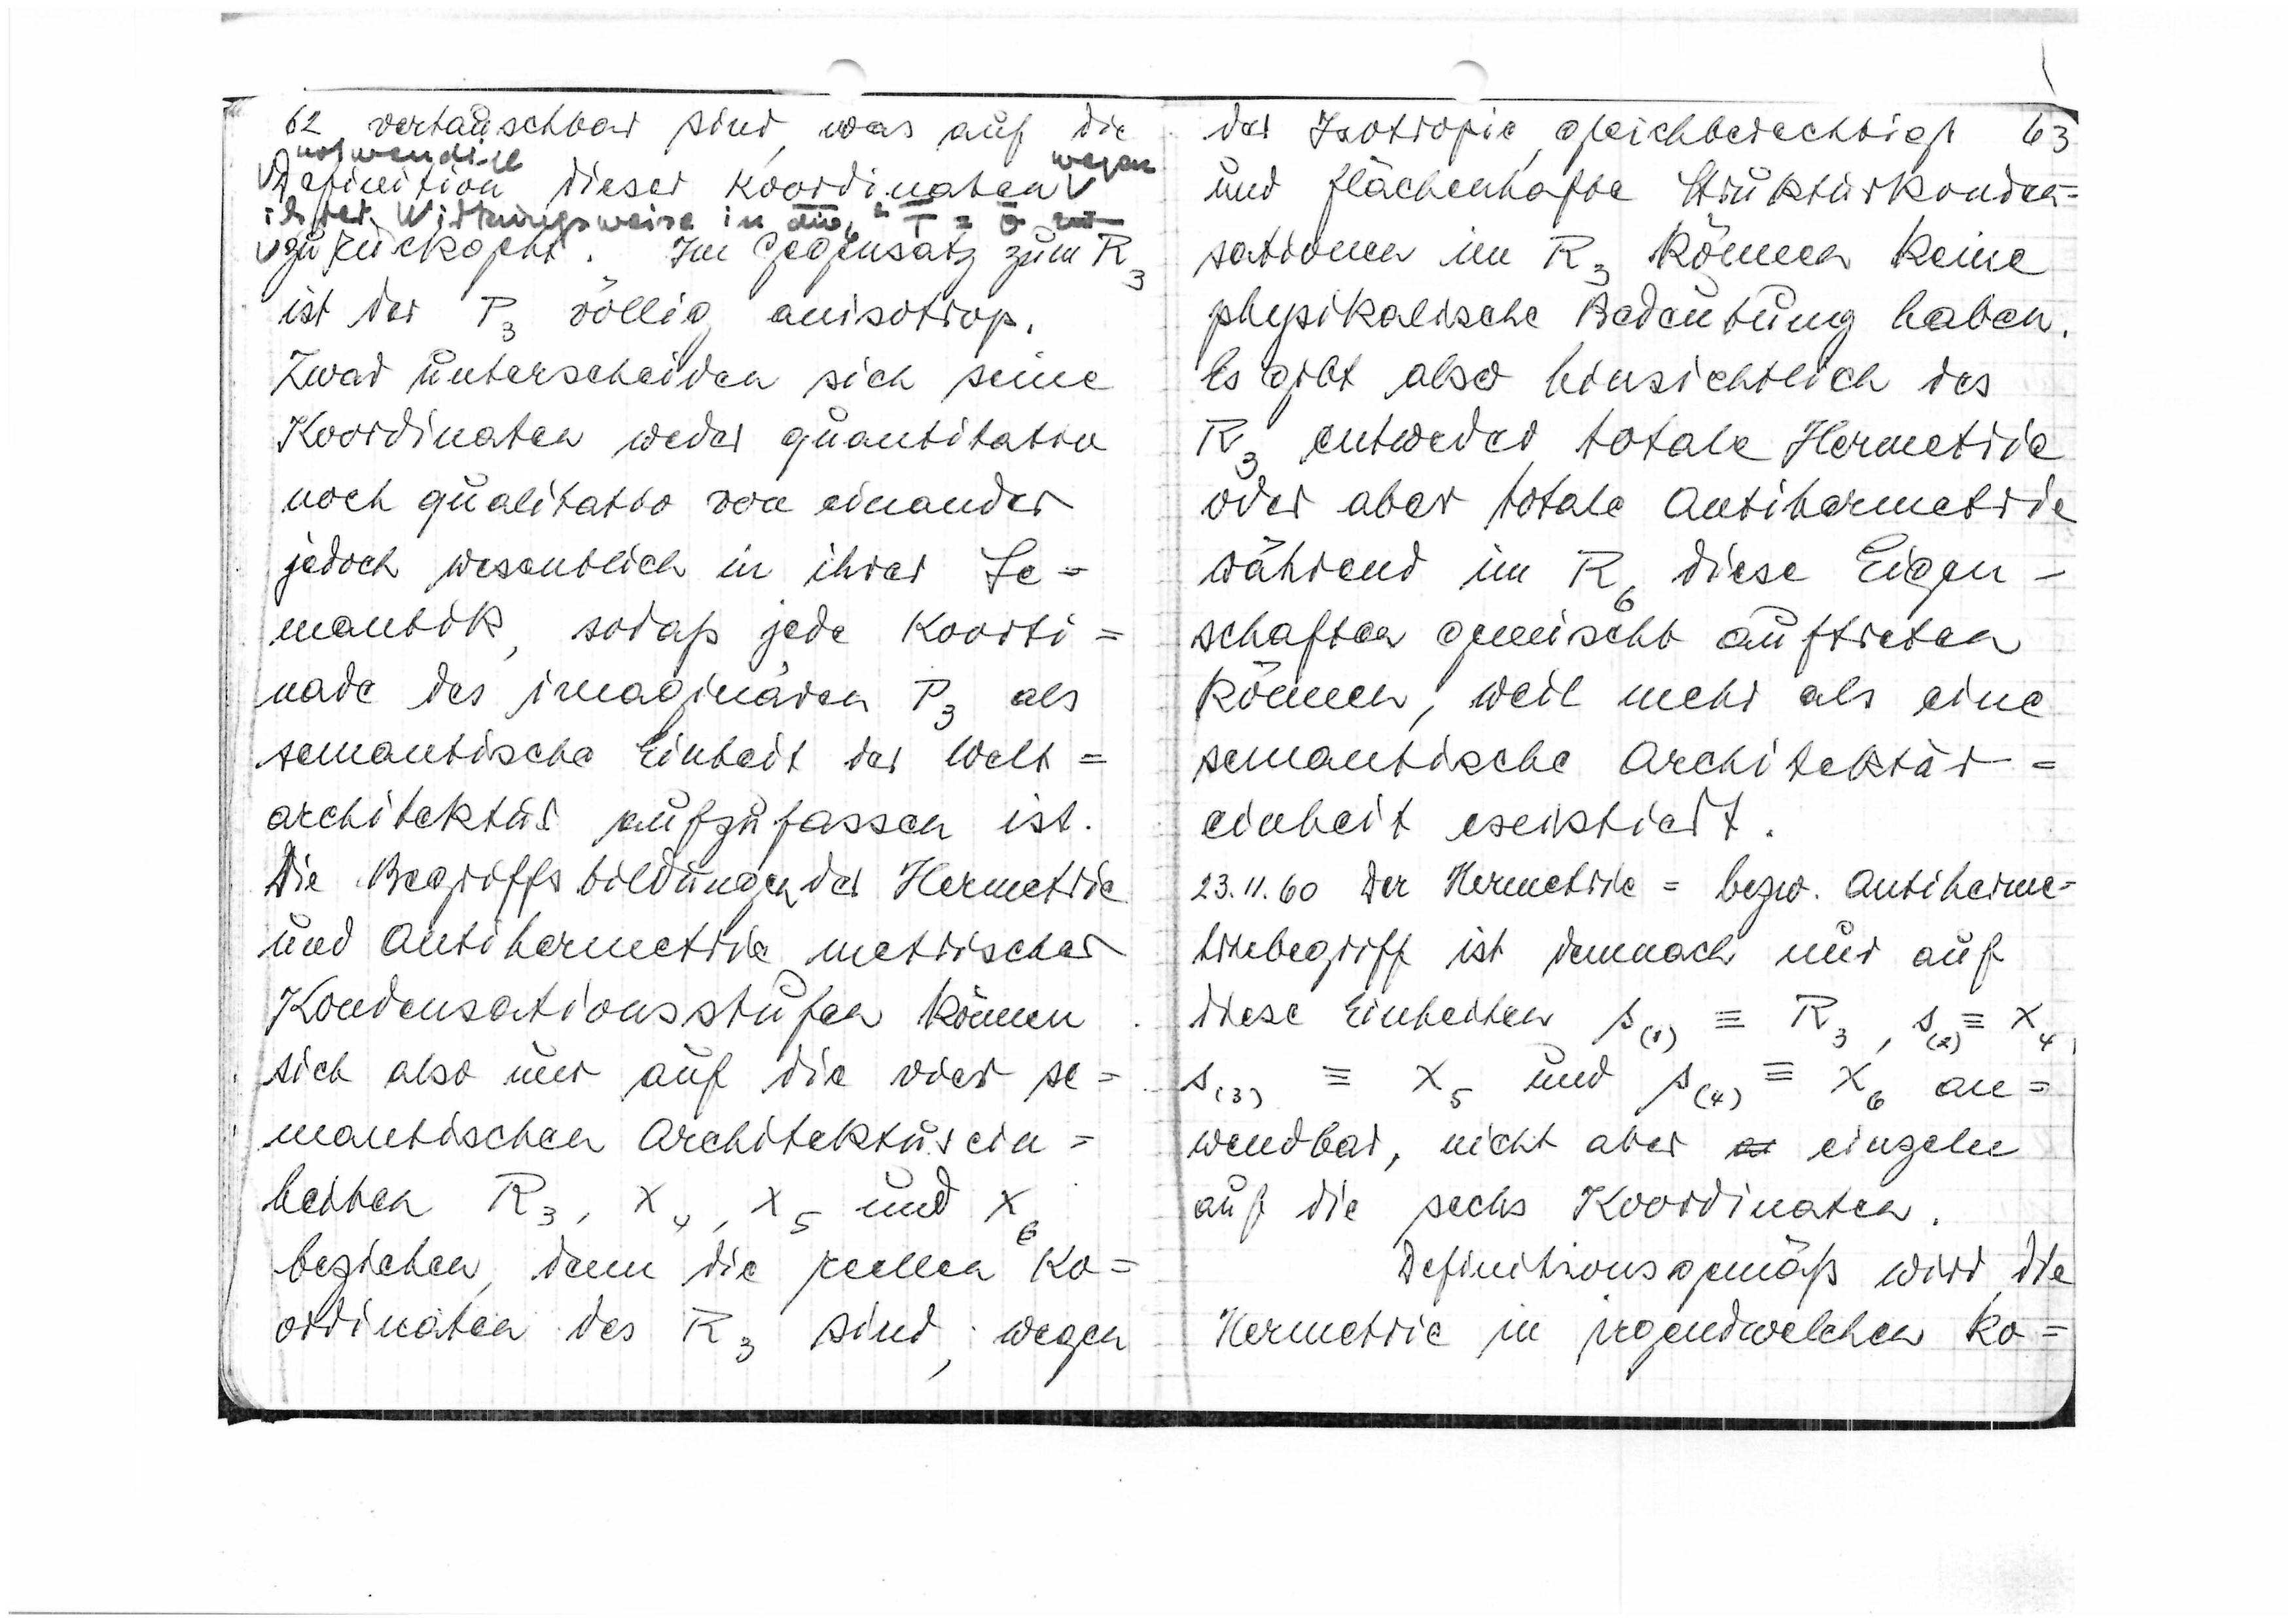
62
vertauschbar sind, was auf die
notwendige
wegen
Definition dieser Koordinaten

ihrer Wirkungsweise in

zurückgeht. Im Gegensatz zum R3
ist der P3 völlig anisotrop.
Zwar unterscheiden sich seine
Koordinaten weder quantitativ
noch qualitativ voneinander
jedoch wesentlich in ihrer Se=
mantik, sodaß jede Koordi=
nate des imaginären P3 als
semantische Einheit der Welt=
architektur aufzufassen ist.
Die Begriffsbildungen der Hermetrie
und Antihermetrie metrische^r
Kondensationsstufen können
sich also nur auf die vier se=
mantischen Architekturein=
heite R3, x4, x5 und x6
beziehen, denn die reellen Ko=
ordinaten des R3 sind, wegen

der Isotropie, gleichberechtigt
63
und flächenhafte Strukturkonden=
sationen im R3 können keine
physikalische Bedeutung haben.
Es gibt also hinsichtlich des
R3 entweder totale Hermetrie
oder aber totale Antihermetrie
-
während im R6 diese Eigen
schaften gemischt auftreten
können, weil mehr als eine
semantische Architektur=
einheit existiert.
23.11.60 Der Hermetrie= bzw. Antiherme=
triebegriff ist demnach nur auf
diese Einheite s(1) ≡ R3, s(2) ≡ x4
s(3) ≡ x5 und s(4) ≡ x6 an=
wendbar, nicht aber einzeln
auf die sechs Koordinaten.
Definitionsgemäß wird die
Hermetrie in irgendwelchen ko=